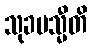
သုခမသ္မီတိ